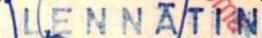
LENNÄTIN